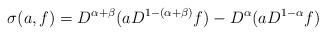
LaTeX: \begin{align*}\sigma(a,f) = D^{\alpha+\beta} ( a D^{1-(\alpha+\beta)} f ) - D^{\alpha} (a D^{1-\alpha} f )\end{align*}